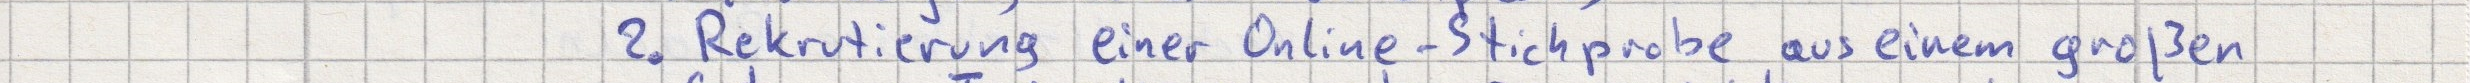
2. Rekrutierung einer Online-Stichprobe aus einem großen